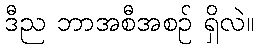
ဒီည ဘာအစီအစဉ် ရှိလဲ။